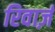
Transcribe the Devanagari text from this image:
रिवार्ज़